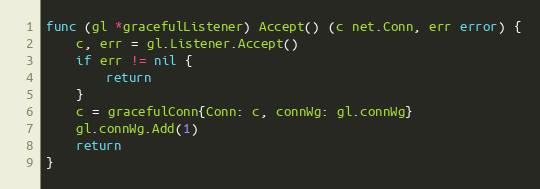
Language: Go
func (gl *gracefulListener) Accept() (c net.Conn, err error) {
	c, err = gl.Listener.Accept()
	if err != nil {
		return
	}
	c = gracefulConn{Conn: c, connWg: gl.connWg}
	gl.connWg.Add(1)
	return
}